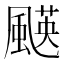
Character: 𩘑